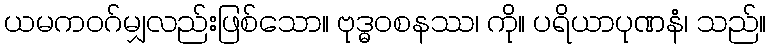
ယမကဝဂ်မျှလည်းဖြစ်သော။ ဗုဒ္ဓဝစနဿ၊ ကို။ ပရိယာပုဏနံ၊ သည်။